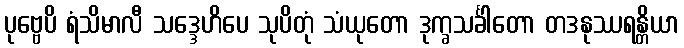
ပုဗ္ဗေပိ ရံသိမာလီ သဒ္ဒေဟိပေ သုပိတုံ သံယုတော ဒုက္ခသင်္ခါတော တဒနုဿရန္တိယာ